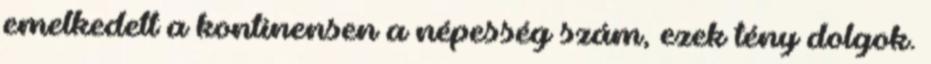
emelkedett a kontinensen a népesség szám, ezek tény dolgok.